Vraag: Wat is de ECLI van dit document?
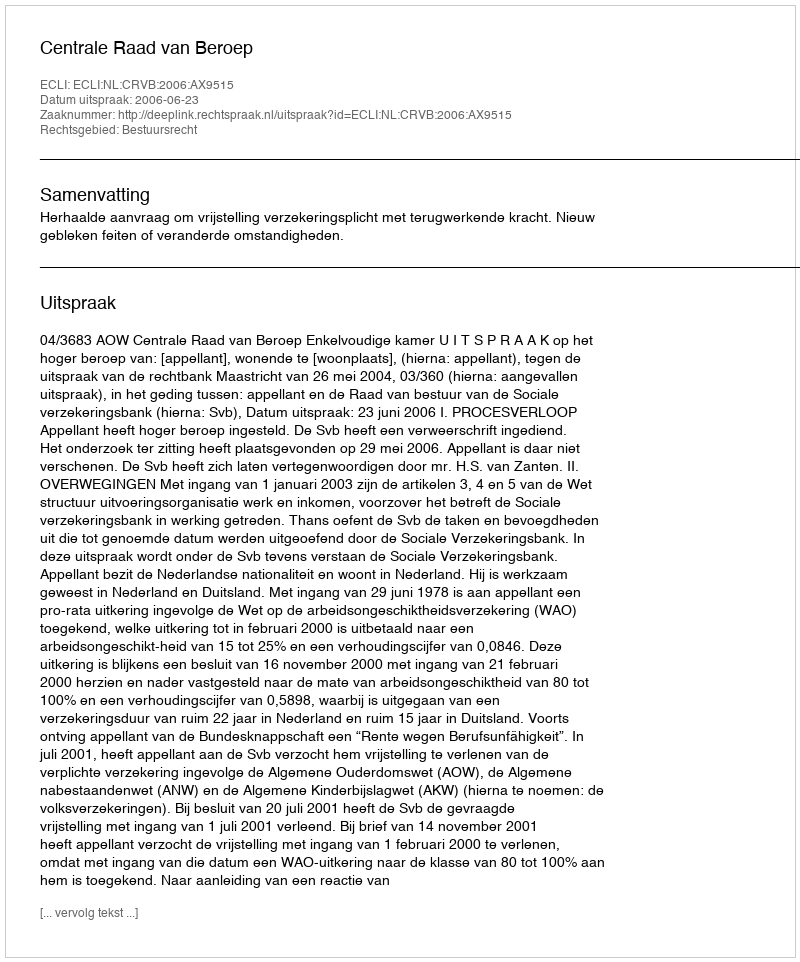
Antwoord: ECLI:NL:CRVB:2006:AX9515